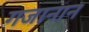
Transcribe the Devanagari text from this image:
गजानान